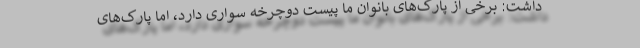
داشت: برخی از پارک‌های بانوان ما پیست دوچرخه سواری دارد، اما پارک‌های